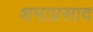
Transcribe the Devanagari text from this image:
शमाप्रसाद